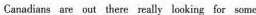
Caradins are out there really looking for some